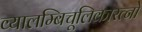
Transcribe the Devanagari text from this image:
व्यालम्बिचूलिकारत्नो